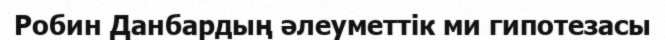
Робин Данбардың әлеуметтік ми гипотезасы